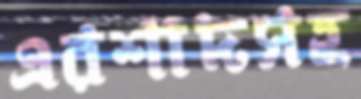
এরশাদসহ